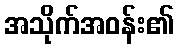
အသိုက်အဝန်း၏